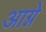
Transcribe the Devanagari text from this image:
आग्ने